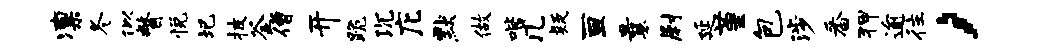
凛冬似瞥悦圯披釜僧开跪沉庀默做喈几疑亘曩尉延堇包涉番狎逾往，